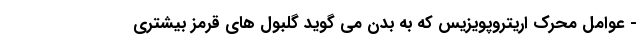
- عوامل محرک اریتروپویزیس که به بدن می گوید گلبول های قرمز بیشتری